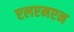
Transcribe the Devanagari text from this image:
एलएमएन